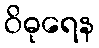
ဝိဓုရေန